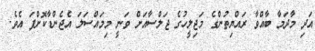
އަދި މާދަމާ ބާއްވާ ރައްޔިތުންގެ މަޖިލީހުގެ ޖަލްސާއަށް ވަނީ މިމައްސަލަ އެޖެންޑާކޮށްފަ އެވެ.